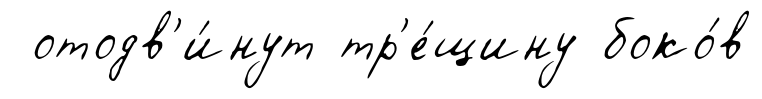
отодв'и́нут тр'е́щину боко́в